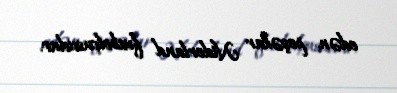
edən peşəkar Niderland futbolçusudur.